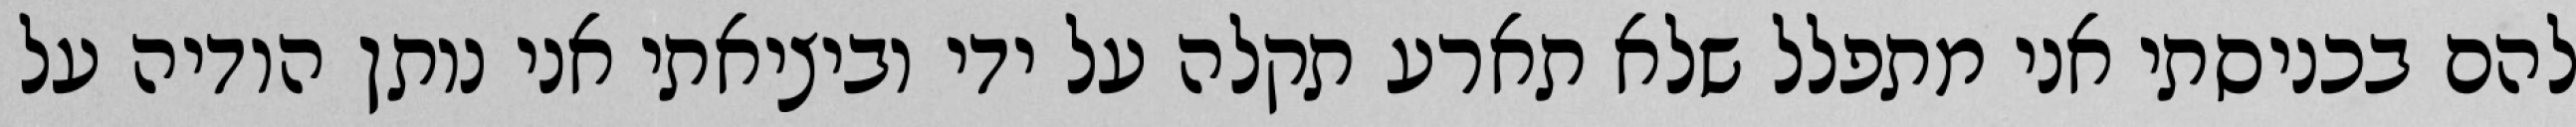
להם בכניסתי אני מתפלל שלא תארע תקלה על ידי וביציאתי אני נותן הודיה על